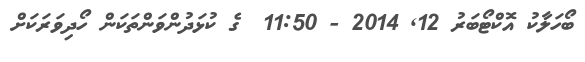
ބޯހަލާކު އޮކްޓޯބަރު 12